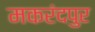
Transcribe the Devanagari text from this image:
मकरंदपुर